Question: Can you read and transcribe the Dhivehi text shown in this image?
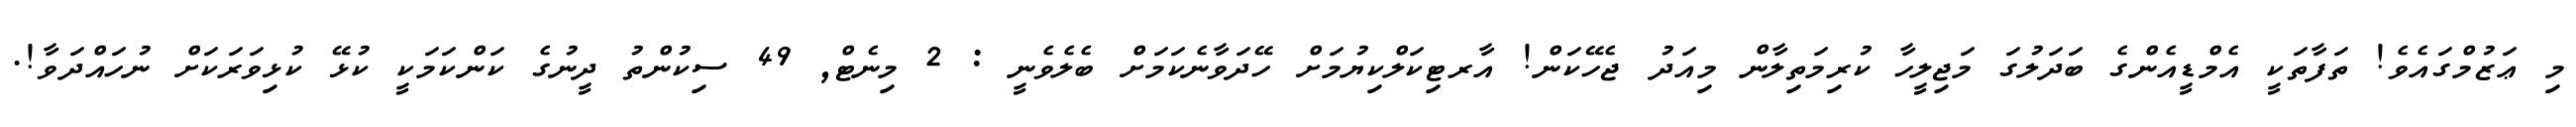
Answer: މި ޢަޒުމްގައެވެ! ތަފާތަކީ އެމްޑީއެންގެ ބަދަލުގަ މަޖިލީހާ ކުރިމަތިލާން މިއަދު ޖެހޭކަން! އާރޓިކަލްކިޔުމަށް ހޭދަވާނެކަމަށް ބެލެވެނީ : 2 މިނެޓް, 49 ސިކުންތު ދީނުގެ ކަންކަމަކީ ކުޅޭ ކުޅިވަރަކަށް ނުހައްދަވާ!.